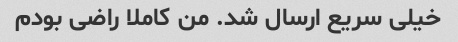
خیلی سریع ارسال شد. من کاملا راضی بودم